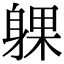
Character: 躶